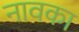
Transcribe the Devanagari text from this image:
नावका